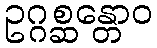
ဥဂ္ဂစ္ဆန္တောဝ